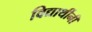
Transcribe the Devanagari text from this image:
विद्यार्थीनी